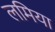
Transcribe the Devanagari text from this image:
लमिया